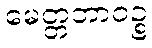
မေတ္တဘာဝဉ္စ